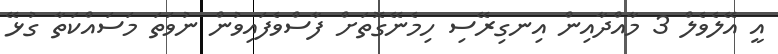
އީ އޭލެވެލް 3 މާއްދާއިން އިނގިރޭސި ހިމެނޭގޮތަށް ފާސްވެފައިވުން ނުވަތަ މަސައްކަތާ ގުޅޭ